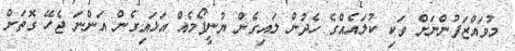
މުވައްޒަފުންނަށް ވަކި ކުލައެއްގެ ހެދުން ލައިގެން ޔުނީފޯމެއް އަޅައިގެން އަންނަ ޖެހޭ ގޮތަށް